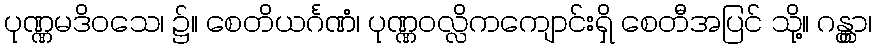
ပုဏ္ဏမဒိဝသေ၊ ၌။ စေတိယင်္ဂဏံ၊ ပုဏ္ဏဝလ္လိကကျောင်းရှိ စေတီအပြင် သို့။ ဂန္တွာ၊